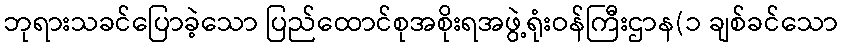
ဘုရားသခင်ပြောခဲ့သော ပြည်ထောင်စုအစိုးရအဖွဲ့ရုံးဝန်ကြီးဌာန(၁ ချစ်ခင်သော